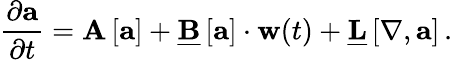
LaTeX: \frac{\partial\mathbf{a}}{\partial t}=\mathbf{A}\left[\mathbf{a}\right]+\underline{{\mathbf{B}}}\left[\mathbf{a}\right]\cdot\mathbf{w}(t)+\underline{{\mathbf{L}}}\left[\mathbf{\nabla},\mathbf{a}\right]\, .